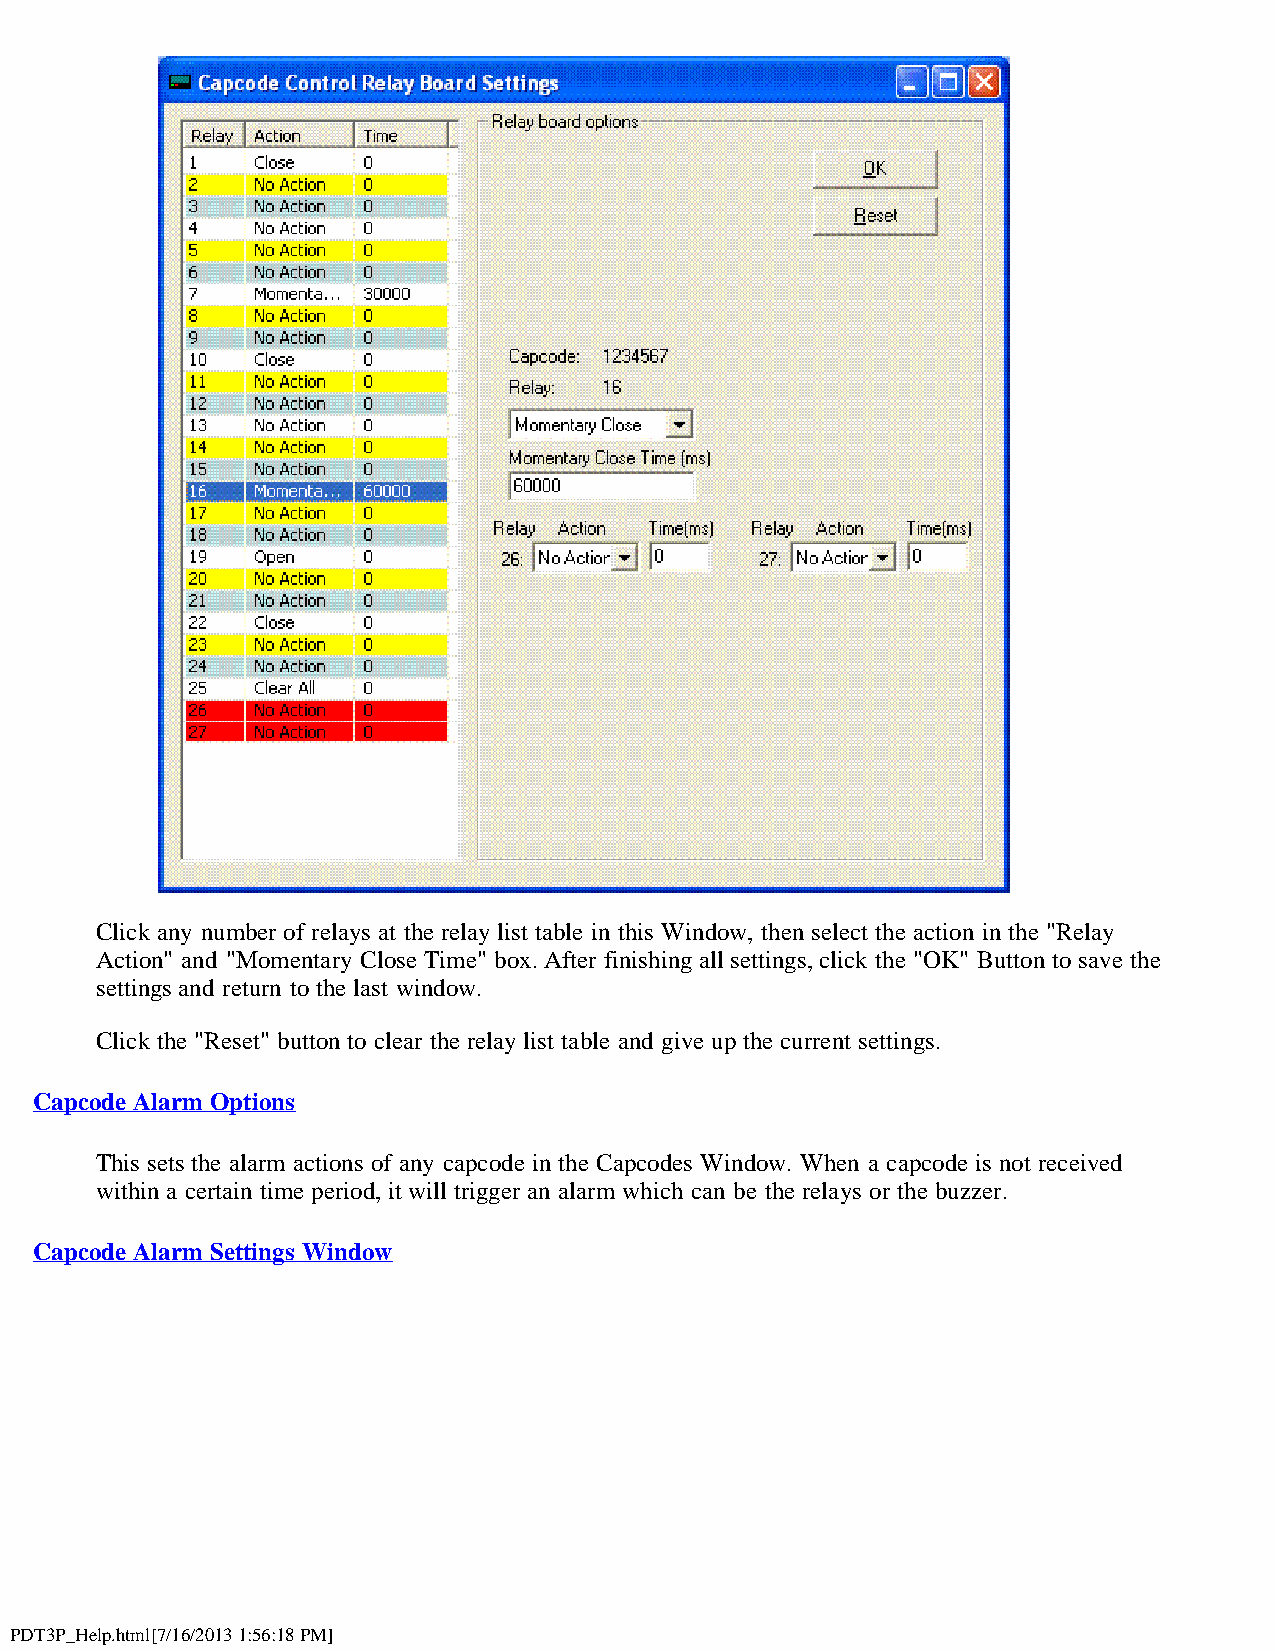
Click any number of relays at the relay list table in this Window, then select the action in the "Relay
 Action" and "Momentary Close Time" box. After finishing all settings, click the "OK" Button to save the
 settings and return to the last window.
 Click the "Reset" button to clear the relay list table and give up the current settings.
 Capcode Alarm Options
 This sets the alarm actions of any capcode in the Capcodes Window. When a capcode is not received
 within a certain time period, it will trigger an alarm which can be the relays or the buzzer.
 Capcode Alarm Settings Window
 PDT3P_Help.html[7/16/2013 1:56:18 PM]